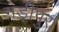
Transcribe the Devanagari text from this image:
गड़ीपुर